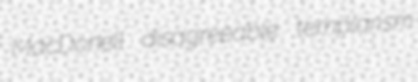
MacDonell disagreeable templarism